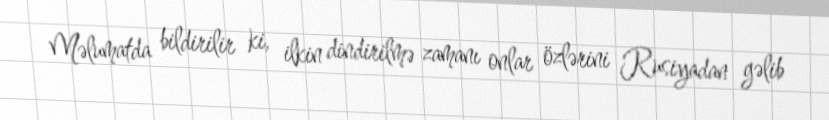
Məlumatda bildirilir ki, ilkin dindirilmə zamanı onlar özlərini Rusiyadan gəlib